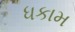
ધકામ